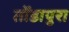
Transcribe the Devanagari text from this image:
तोंडापुरा